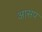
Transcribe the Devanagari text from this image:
आसप